Lunatic asylums Punjab 1911-1921 - 1911-1921
Year: 1911
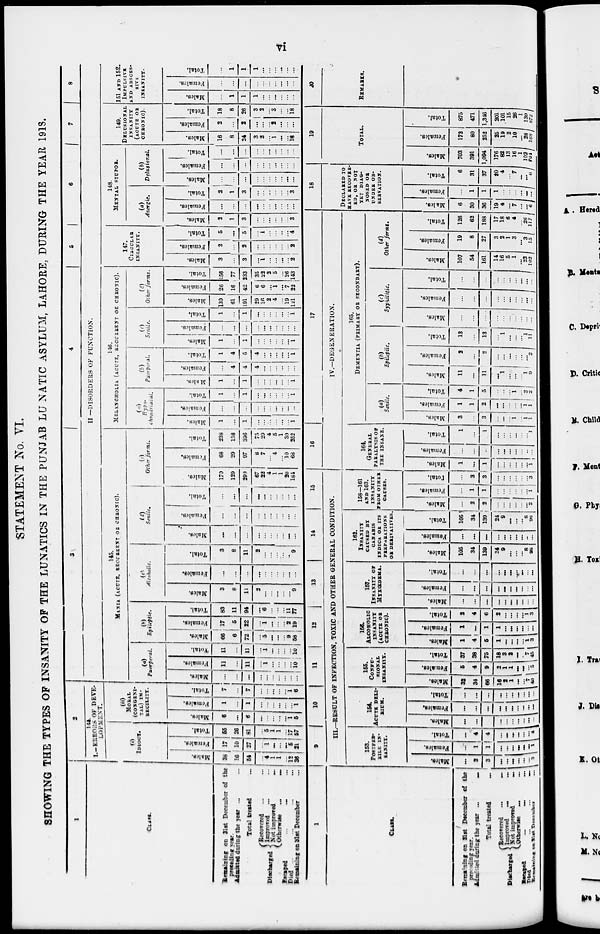
vi
STATEMENT No. VI.
SHOWING THE TYPES OF INSANITY OF THE LUNATICS IN THE PUNJAB LUNATIC ASYLUM, LAHORE, DURING THE YEAR 1918.
1
CLASS.
Remaining on 31st December of the
preceding year
Admitted during the year ... ...
Total treated ...
Discharged Recovered ... ...
Improved ... ...
Net
improved
...
...
Otherwise
...
...
Escaped ... ... ... ...
Died ... ... ... ... ...
Remaining on 31st December ...
2
144.
L-ERRORS OF DEVE-
LOPMENT.
(i)
IDIOCY.
Males.
38
16
54
...
4
1
1
...
12
36
Females.
17
10
27
...
1
...
...
...
5
21
Total.
55
26
81
...
5
1
1
...
17
57
(ii)
MORAL
(CONGENI-
TAL) IM-
BECILITY.
Males.
6
...
6
...
...
...
...
...
1
5
Females.
1
...
1
...
...
...
...
...
...
1
Total.
7
...
7
...
...
...
...
...
1
6
3
145.
MANIA (ACUTE, RECURRENT OR CHRONIC).
(a)
Puerperal.
Males.
...
...
...
...
...
...
...
...
...
...
Females.
11
...
11
...
1
...
...
...
...
10
Total.
11
...
11
...
1
...
...
...
...
10
(b)
Epileptic.
Males.
66
6
72
...
5
...
...
...
6
58
Females.
17
5
22
...
1
...
...
...
2
19
Total.
83
11
94
...
6
...
...
...
11
77
(c)
Alcoholic.
Males.
3
8
11
2
...
...
...
...
...
9
Females.
...
...
...
...
...
...
...
...
...
...
Total.
3
8
11
2
...
...
...
...
...
9
(d)
Senile.
Males.
...
...
...
...
...
...
...
...
...
...
Females.
...
...
...
...
...
...
...
...
...
...
Total.
...
...
...
...
...
...
...
...
...
...
(e)
Other forms.
Males.
170
129
299
67
22
1
1
... 20
184
Females.
68
29
97
8
7
4
...
...
10
68
Total.
238
158
396
75
29
5
1
... 30
252
4
5
6
7 8
II —DISORDERS OF FUNCTION.
146.
MELANCHOLIA (ACUTE, RECURRENT OF CHRONIC).
(a)
Hypo-
chondriacal.
Males.
1
...
1
...
...
...
...
...
...
1
Females.
...
...
...
...
...
...
...
...
...
...
Total.
1
...
1
...
...
...
...
...
...
1
(b)
Puerperal.
Males.
1
...
1
...
...
...
...
...
...
1
Females.
...
4
4
4
...
...
...
...
...
...
Total.
1
4
5
4
...
...
...
...
...
1
(c)
Senile.
Males.
1
...
1
...
...
...
...
...
...
1
Females.
...
...
...
...
...
...
...
...
...
...
Total.
1
...
1
...
...
...
...
...
...
1
(d)
Other forms.
Males.
130
61
191
29
16
2
4
...
19
121
Females.
26
16
42
6
6
...
1
...
7
22
Total.
156
77
233
35
22
2
5
...
26
143
147.
CIRCULAR
INSANITY.
Males.
3
...
3
...
1
...
...
...
...
2
Females.
2
...
2
...
...
...
...
...
...
2
Total.
5
...
5
...
1
...
...
...
...
4
148.
MENTAL STUPOR.
(a)
Anergic.
Males.
2
1
3
...
...
...
...
...
...
3
Females.
...
...
...
...
...
...
...
...
...
...
Total.
2
1
3
...
...
...
...
...
...
3
(b)
Delusional.
Males.
...
...
...
...
...
...
...
...
...
...
Females.
...
...
...
...
...
...
...
...
...
...
Total.
...
...
...
...
...
...
...
...
...
...
149.
DELUSIONAL
INSANITY
(ACUTE OR
CHRONIC).
Males.
16
8
24
3
2
1
...
...
...
18
Females.
2
...
2
...
...
2
...
...
...
...
Total.
18
8
26
3
2
3
...
...
...
18
151 AND 152.
IMPULSIVE
AND ABSCES-
SIVE
INSANITY.
Males.
...
1
1
1
...
...
...
...
...
...
Females.
...
...
...
...
...
...
...
...
...
...
Total.
...
1
1
1
...
...
...
...
...
...
1
CLASS.
Remaining on 31st December of the
preceding year
Admitted during the year ... ...
Total treated ...
Discharged
Recovered ... ...
Improved ... ...
Not improved ... ...
Otherwise ... ...
Escaped ... ... ... ...
Died ... ... ... ...
Remaining on 31st December ...
9
10 11
12
13
14
15
III—RESULT OF INFECTION, TOXIC AND OTHER GENERAL CONDITION.
153.
POSTFEB-
RILE IN-
SANITY.
Males.
...
3
3
...
...
...
...
...
...
3
Females.
...
1
1
...
...
...
...
...
...
1
Total.
...
4
4
...
...
...
...
...
...
4
154.
ACUTE DELI-
RIUM.
Males.
...
...
...
...
...
...
...
...
...
...
Females.
...
...
...
...
...
...
...
...
...
...
Total.
...
...
...
...
...
...
...
...
...
155.
CONFU-
SIONAL
Males.
32
34
66
16
2
1
...
...
7
40
Females.
5
4
9
2
1
1
...
...
...
5
Total.
37
38
75
18
3
2
...
...
7
45
156.
ALCOHOLIC
(ACUTE OR
CHRONIC).
Males.
1
4
5
1
...
...
...
...
1
3
Females.
1
...
1
1
...
...
...
...
...
...
Total.
2
4
6
2
...
...
...
...
1
3
157.
INSANITY OF
MYXŒDEMA.
Males.
...
...
...
...
...
...
...
...
...
...
Females.
...
...
...
...
...
...
...
...
...
...
Total.
...
...
...
...
...
...
...
...
...
...
162.
INSANITY
CAUSED BY
CANABIS
INDICA OR ITS
PREPARATONS
OR DERIVATIVES.
Males.
165
34
139
24
9
...
...
...
8
98
Females.
...
...
...
...
...
...
...
...
...
...
Total.
165
34
139
24
9
...
...
...
8
98
158—161
AND 163.
INSANITY
FROM OTHER
CAUSES.
Males.
...
2
2
...
...
...
...
...
...
2
Females.
...
1
1
...
...
...
...
...
...
1
Total.
...
3
3
...
...
...
...
...
...
3
16
17
IV.—DEGENERATION.
164.
GENERAL
PARALYSIS OF
THE INSANE.
Males.
1
...
1
...
...
...
...
...
...
1
Females.
...
...
...
...
...
...
...
...
...
...
Total.
1
...
1
...
...
...
...
...
...
1
165.
Dementia (PRIMARY OR SECONDARY).
Senile.
Males.
3
...
3
...
...
1
...
...
1
1
Females.
1
1
2
...
...
...
...
...
1
1
Total.
4
1
5
...
...
1
...
...
2
2
Epileptic.
Males.
11
...
11
...
1
...
...
...
1
9
Females.
2
...
2
...
...
...
...
...
...
2
Total.
13
...
13
...
1
...
...
...
1
11
Syphilitic.
Males.
...
...
...
...
...
...
...
...
Females.
...
...
...
...
...
...
...
...
...
...
Total.
...
...
...
...
...
...
...
...
...
...
Other forms.
Males.
107
54
161
14
16
5
1 ...
23
102
Females.
19
8
27
3
2
1
3 ...
3
15
Total.
126
62
188
17
18
6
4
...
26
117
18
DECLARED TO
HAVE RECOVER-
ED, OR HOT
YET DIAG-
NOSED OR
UNDER OB-
SERVATION.
Males.
6
30
36
19
4
...
7
...
...
6
Females.
...
1
1
1
...
...
...
...
...
...
Total.
6
31
37
20
4
...
7
...
...
6
19
TOTAL.
Males.
703
391
1,094
176
82
13
16
1
102
704
Females.
172
80
252
25
19
2
10
...
28
168
Total.
875
471
1,346
201
101
15
26
1
130
872
20
REMARKS.